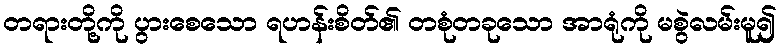
တရားတို့ကို ပွားစေသော ရဟန်းစိတ်၏ တစုံတခုသော အာရုံကို မစွဲလမ်းမူ၍